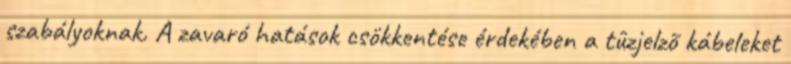
szabályoknak. A zavaró hatások csökkentése érdekében a tûzjelzõ kábeleket